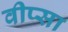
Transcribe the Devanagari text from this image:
वीप्सा